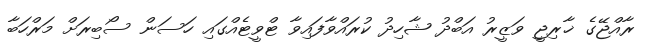
ރާއްޖޭގެ ޚާރިޖީ ވަޒީރު އަބްދު ޝާހިދު ކުރައްވާފައިވާ ޓްވީޓެއްގައި ހަސަން ސޯބިރަށް މަރްހަބާ